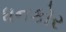
ધનકોર